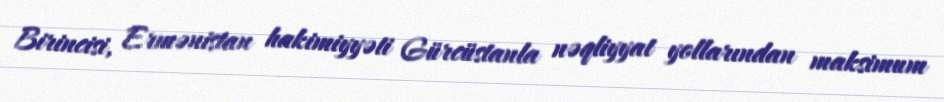
Birincisi, Ermənistan hakimiyyəti Gürcüstanla nəqliyyat yollarından maksimum